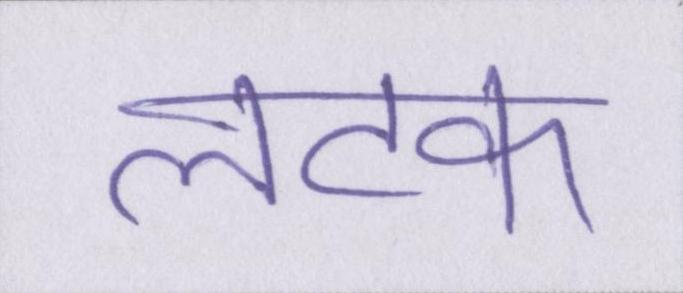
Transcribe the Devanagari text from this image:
लटक